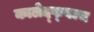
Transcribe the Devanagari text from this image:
कालेद्फ्वल्च